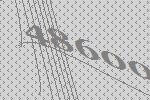
48600